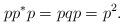
LaTeX: \begin{align*}pp^*p=pqp=p^2.\end{align*}